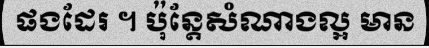
ផងដែរ ។ ប៉ុន្តែសំណាងល្អ មាន